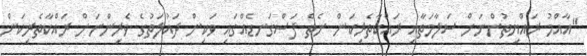
"އާއްމު ރައްޔިތުންނަށް ސަލާމަތާއި ރައްކާތެރިކަން ނެތް ފަސްގަނޑެއްގައި ވަކިން ދައުލަތުގެ ވެރިންނަށް ރައްކާތެރިކަން